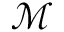
\mathcal { M }